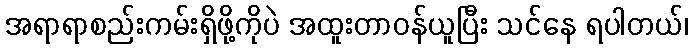
အရာရာစည်းကမ်းရှိဖို့ကိုပဲ အထူးတာဝန်ယူပြီး သင်နေ ရပါတယ်၊